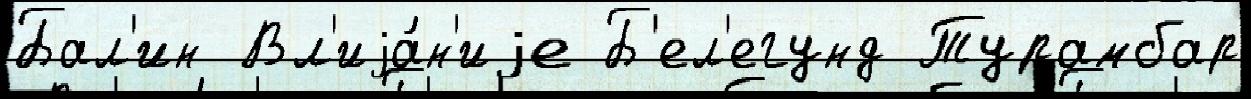
Бал'ин Вл'иjа́н'иjе Б'ел'егунд Турамбар